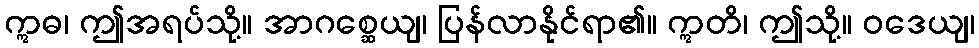
ဣဓ၊ ဤအရပ်သို့။ အာဂစ္ဆေယျ၊ ပြန်လာနိုင်ရာ၏။ ဣတိ၊ ဤသို့။ ဝဒေယျ၊